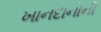
ખાનદાનોની